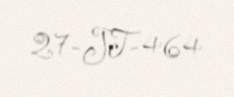
27-JT-464